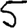
Digit: 5